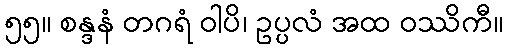
၅၅။ စန္ဒနံ တဂရံ ဝါပိ၊ ဥပ္ပလံ အထ ဝဿိကီ။